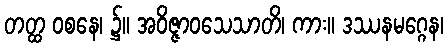
တတ္ထ ဝစနေ၊ ၌။ အဝိဇ္ဇာဝသေသာတိ၊ ကား။ ဒဿနမဂ္ဂေန၊